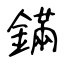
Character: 鏋